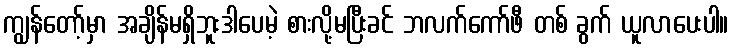
ကျွန်တော့်မှာ အချိန်မရှိဘူးဒါပေမဲ့ စားလို့မပြီးခင် ဘလက်ကော်ဖီ တစ် ခွက် ယူလာပေးပါ။